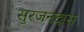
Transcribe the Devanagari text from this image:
सुरजनदास